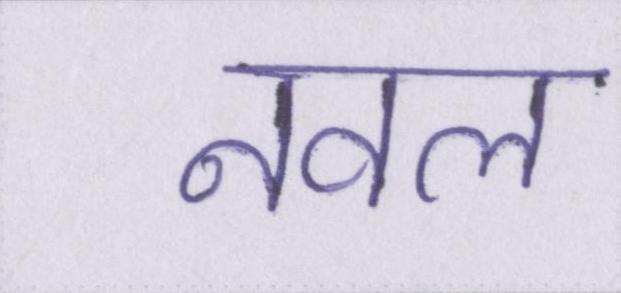
नवल